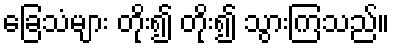
ခြေသံများ တိုး၍ တိုး၍ သွားကြသည်။